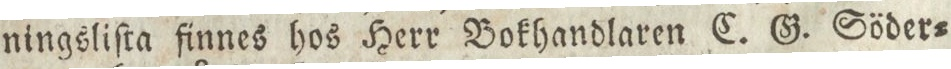
ningsliſta finnes hos Herr Bokhandlaren C. G. Söder=